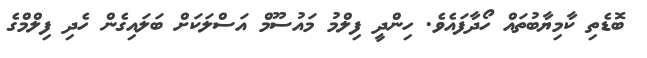
ބޮޑެތި ކާމިޔާބުތައް ހޯދާފައެވެ. ހިންދީ ފިލްމު މައުސޫމް އަސްލަކަށް ބަލައިގެން ހެދި ފިލްމްގެ